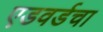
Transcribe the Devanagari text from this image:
एडवर्डचा